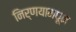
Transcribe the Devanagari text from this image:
निर्णयामधून